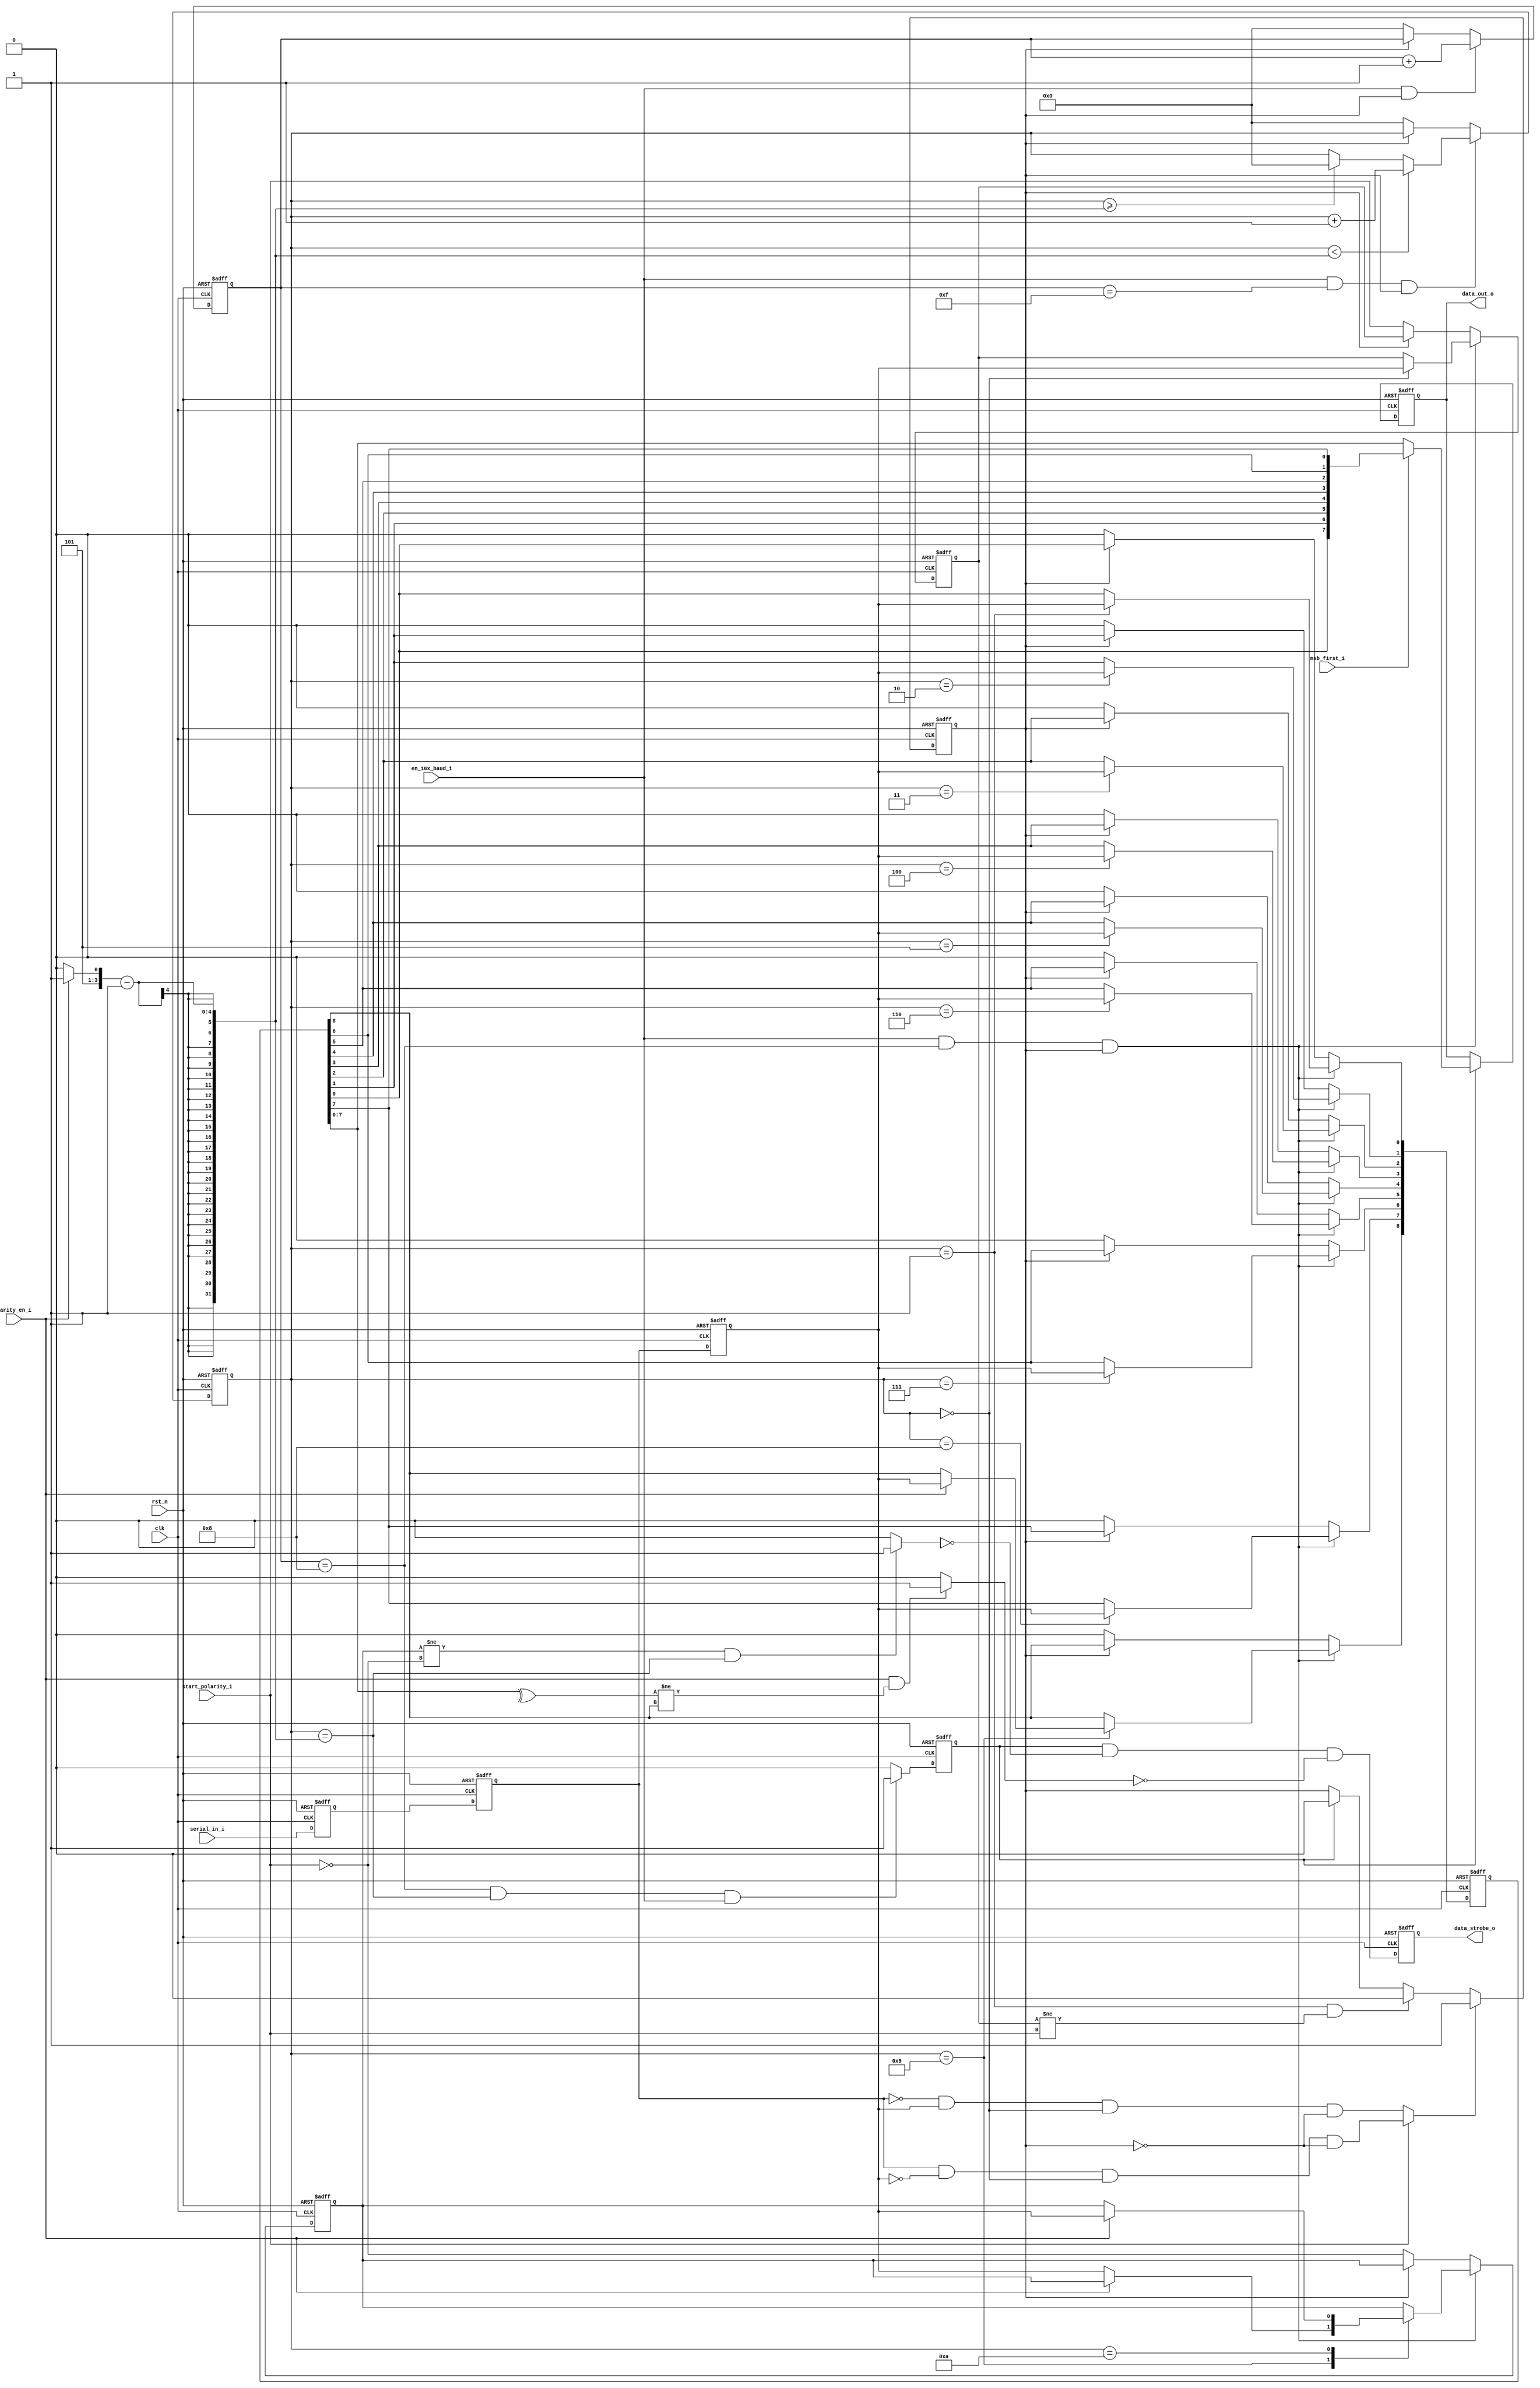
/*+
 * Copyright (c) 2022-2024 Zhengde
 * 
 * All rights reserved.
 * 
 * Redistribution and use in source and binary forms, with or without
 * modification, are permitted provided that the following conditions are met:
 * 
 * 1 Redistributions of source code must retain the above copyright notice, this
 *   list of conditions and the following disclaimer.
 * 
 * 2 Redistributions in binary form must reproduce the above copyright notice,
 *   this list of conditions and the following disclaimer in the documentation
 *   and/or other materials provided with the distribution.
 * 
 * 3 Neither the name of the copyright holder nor the names of its
 *   contributors may be used to endorse or promote products derived from
 *   this software without specific prior written permission.
 * 
 * THIS SOFTWARE IS PROVIDED BY THE COPYRIGHT HOLDERS AND CONTRIBUTORS "AS IS"
 * AND ANY EXPRESS OR IMPLIED WARRANTIES, INCLUDING, BUT NOT LIMITED TO, THE
 * IMPLIED WARRANTIES OF MERCHANTABILITY AND FITNESS FOR A PARTICULAR PURPOSE ARE
 * DISCLAIMED. IN NO EVENT SHALL THE COPYRIGHT HOLDER OR CONTRIBUTORS BE LIABLE
 * FOR ANY DIRECT, INDIRECT, INCIDENTAL, SPECIAL, EXEMPLARY, OR CONSEQUENTIAL
 * DAMAGES (INCLUDING, BUT NOT LIMITED TO, PROCUREMENT OF SUBSTITUTE GOODS OR
 * SERVICES; LOSS OF USE, DATA, OR PROFITS; OR BUSINESS INTERRUPTION) HOWEVER
 * CAUSED AND ON ANY THEORY OF LIABILITY, WHETHER IN CONTRACT, STRICT LIABILITY,
 * OR TORT (INCLUDING NEGLIGENCE OR OTHERWISE) ARISING IN ANY WAY OUT OF THE USE
 * OF THIS SOFTWARE, EVEN IF ADVISED OF THE POSSIBILITY OF SUCH DAMAGE.
-*/

/*+
 *  Description : constant compact uart receiver
-*/

module kcuart_rx(
    input            clk    ,
    input            rst_n  ,      //active low reset
                                    
    input            msb_first_i      ,   //0: lsb first; 1: msb first  
    input            parity_en_i      ,   //0: no parity; 1: has parity
    input            start_polarity_i ,   //0: low start bit, high stop bit; 1: high start bit, low stop bit 

    input            en_16x_baud_i ,
    input            serial_in_i   ,
  
    output reg [7:0] data_out_o  ,
    output reg       data_strobe_o      
);

    wire [3:0] bit_count_p1;
    reg  [3:0] bit_count;
    wire [3:0] baud_count_p1;
    reg  [3:0] baud_count;
    reg        serial_in_d1, serial_in_d2, serial_in_d3;

    wire       calculated_parity;
    reg        start_bit, stop_bit;
    wire       mismatch_parity;
    reg  [8:0] received_data;
    wire [7:0] par_data;

    reg        rx_active;
    reg        stop_condtion;
    wire       break_condition;

    wire       start_polarity = start_polarity_i;
    wire       stop_polarity = ~start_polarity;

    always @(posedge clk or negedge rst_n) begin
        if(!rst_n)
            {serial_in_d1, serial_in_d2, serial_in_d3} <= 3'b0;
        else
            {serial_in_d1, serial_in_d2, serial_in_d3} <= {serial_in_i, serial_in_d1, serial_in_d2};
    end

    wire   serial_negedge = (serial_in_d2 == 1'b0 && serial_in_d3 == 1'b1);
    wire   serial_posedge = (serial_in_d2 == 1'b1 && serial_in_d3 == 1'b0);

    wire   start_condition = (start_polarity == 1'b0) ? (serial_negedge == 1'b1 && bit_count[3:0] == 4'd0 && rx_active == 1'b0)
                                                    : (serial_posedge == 1'b1 && bit_count[3:0] == 4'd0 && rx_active == 1'b0);    

    always @(posedge clk or negedge rst_n) begin
        if(!rst_n)
            rx_active <= 1'b0;
        else if(start_condition == 1'b1)
            rx_active <= 1'b1;
        else if(bit_count == 4'd1 && start_bit != start_polarity)  //invalid start bit
            rx_active <= 1'b0;
        else if(stop_condtion == 1'b1)
            rx_active <= 1'b0;
    end
  
    //count bit cycles
    assign baud_count_p1 = baud_count + 1;
  
    always @(posedge clk or negedge rst_n) begin
        if(!rst_n)
            baud_count <= 4'd0;
        else if(en_16x_baud_i == 1'b1 && rx_active == 1'b1)
            baud_count <= baud_count_p1;
        else if(rx_active == 1'b0)
            baud_count <= 4'd0;
    end

    //count bit numbers
    wire [3:0] bit_num = (parity_en_i == 1'b0) ? 10 : 11;
    assign bit_count_p1 = bit_count + 1;

    always @(posedge clk or negedge rst_n) begin
        if(!rst_n)
            bit_count <= 4'd0;
        else if(en_16x_baud_i == 1'b1 && baud_count == 4'd15 && rx_active == 1'b1) begin
            if(bit_count < (bit_num - 1))
                bit_count <= bit_count_p1;
            else if(bit_count >= (bit_num - 1))
                bit_count <= 4'd0;
        end
        else if(rx_active == 1'b0)
            bit_count <= 4'd0;
    end
  
    always @(posedge clk or negedge rst_n) begin
        if(!rst_n)
            stop_condtion <= 0;
        else 
            stop_condtion <= (baud_count == 4'd8 && bit_count == (bit_num - 1) && en_16x_baud_i == 1'b1) ? 1 : 0; 
    end

    //sample uart data input to parallel data 
    always @(posedge clk or negedge rst_n) begin
        if(!rst_n) begin
            received_data <= 9'h0;
            start_bit     <= 1'b1;
            stop_bit      <= 1'b1;
        end
        else if(en_16x_baud_i == 1'b1 && baud_count == 4'd8 && rx_active == 1'b1) begin
            case(bit_count)
                4'd0:  start_bit        <= serial_in_d3 ; //start bit, falling edge
                4'd1:  received_data[0] <= serial_in_d3 ;
                4'd2:  received_data[1] <= serial_in_d3 ;
                4'd3:  received_data[2] <= serial_in_d3 ;
                4'd4:  received_data[3] <= serial_in_d3 ;
                4'd5:  received_data[4] <= serial_in_d3 ;
                4'd6:  received_data[5] <= serial_in_d3 ;
                4'd7:  received_data[6] <= serial_in_d3 ;
                4'd8:  received_data[7] <= serial_in_d3 ;
                4'd9:  
                    if(parity_en_i == 1'b1)
                        received_data[8] <= serial_in_d3 ; 
                    else
                        stop_bit         <= serial_in_d3 ;
                4'd10: 
                    if(parity_en_i == 1'b1)
                        stop_bit <= serial_in_d3 ;
                default:
                    ;
            endcase
        end
        else if(rx_active == 1'b0) begin
            received_data <= 9'h0;
            start_bit     <= start_polarity;
            stop_bit      <= stop_polarity;
        end
    end

    assign break_condition = (stop_bit != stop_polarity && bit_count == (bit_num - 1)) ? 1 : 0;

    assign par_data[7:0] = (msb_first_i == 1'b0) ? received_data[7:0] : {received_data[0], received_data[1], received_data[2],
                             received_data[3], received_data[4], received_data[5], received_data[6], received_data[7]};

    assign calculated_parity = ^received_data[7:0];

    assign mismatch_parity = (parity_en_i == 1'b1 && calculated_parity != received_data[8]) ? 1'b1 : 1'b0;

    //output data to RX buffer
    always @(posedge clk or negedge rst_n) begin
        if(!rst_n) 
            data_strobe_o <= 1'b0;
        else 
            data_strobe_o <= (stop_condtion == 1'b1 && break_condition == 1'b0 && mismatch_parity == 1'b0);
    end

    always @(posedge clk or negedge rst_n) begin
        if(!rst_n) 
            data_out_o <= 8'h0;
        else if(stop_condtion == 1'b1)
            data_out_o <= par_data[7:0];
    end
endmodule